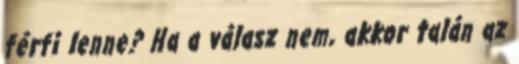
férfi lenne? Ha a válasz nem, akkor talán az